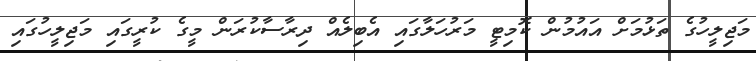
މަޖިލީހުގެ ތަޅުމަށް އައުމުން ކޮމިޓީ މަރުހަލާގައި އެބިލެއް ދިރާސާކުރަން މީގެ ކުރީގައި މަޖިލީހުގައި